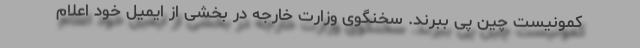
کمونیست چین پی ببرند. سخنگوی وزارت خارجه در بخشی از ایمیل خود اعلام